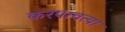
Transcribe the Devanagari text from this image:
करपावत्या